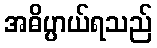
အဓိပ္ပာယ်ရသည်